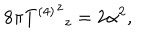
8 \pi { { T ^ { ( 4 ) } } ^ { z } } _ { z } = 2 \alpha ^ { 2 } ,